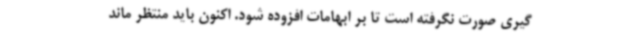
گیری صورت نگرفته است تا بر ابهامات افزوده شود. اکنون باید منتظر ماند